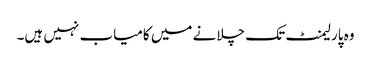
وہ پارلیمنٹ تک چلانے میں کامیاب نہیں ہیں۔